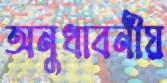
অনুধাবনীয়